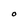
Character: O